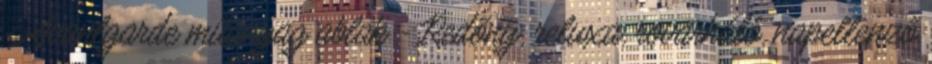
- Avantgarde műanyag ablak - Redőny, reluxa, rovarháló, napellenző